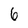
Character: 6